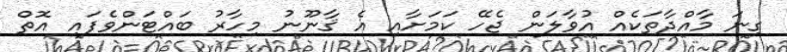
ގިނަ މާއްދާތަކެއް އުވާލަން ޖެހޭ ކަމަށާއި އެ ޤާނޫނު މިހާރު ބައްޓަންވެފައި އޮތް